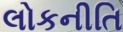
લોકનીતિ